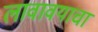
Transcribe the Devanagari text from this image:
लावावयाचा